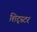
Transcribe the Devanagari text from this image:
शिट्स्टर